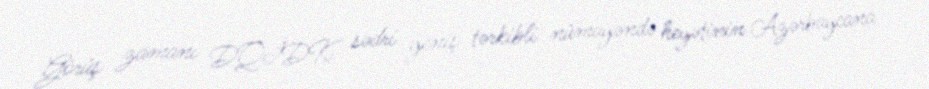
Görüş zamanı DQİDK sədri geniş tərkibli nümayəndə heyətinin Azərbaycana